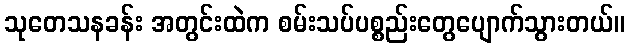
သုတေသနခန်း အတွင်းထဲက စမ်းသပ်ပစ္စည်းတွေပျောက်သွားတယ်။